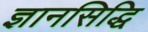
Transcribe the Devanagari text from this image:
ज्ञानसिद्धि